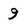
Character: 9